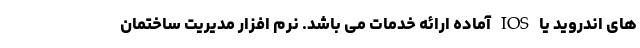
های اندروید یا IOS آماده ارائه خدمات می باشد. نرم افزار مدیریت ساختمان